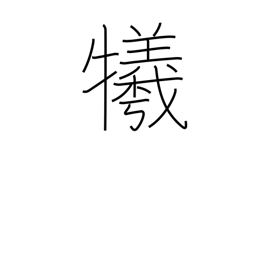
Meaning: sacrifice